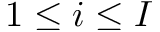
1 \leq i \leq I